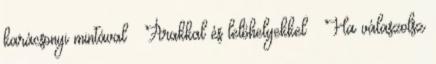
karácsonyi mintával – Árakkal és lelőhelyekkel » Ha válaszolsz